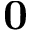
\mathbf { 0 }